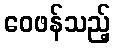
ဝေဖန်သည့်